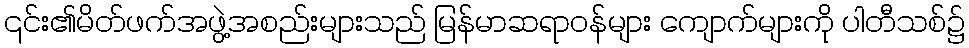
၎င်း၏မိတ်ဖက်အဖွဲ့အစည်းများသည် မြန်မာဆရာဝန်များ ကျောက်များကို ပါတီသစ်၌